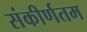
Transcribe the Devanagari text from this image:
संकीर्णतम